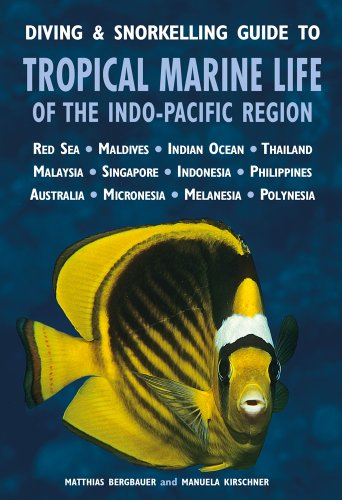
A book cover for Diving & Snorkelling Guide to Tropical Marine Life of the Indo-Pacific Region; Manuela Kirschner; Travel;